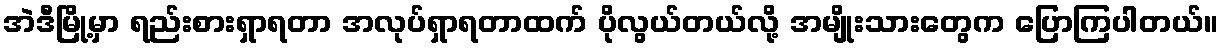
အဲဒီမြို့မှာ ရည်းစားရှာရတာ အလုပ်ရှာရတာထက် ပိုလွယ်တယ်လို့ အမျိုးသားတွေက ပြောကြပါတယ်။